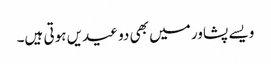
ویسے پشاور میں بھی دو عیدیں ہوتی ہیں۔